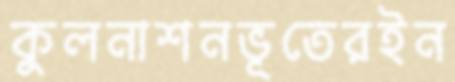
কুলনাশনভূতেরইন